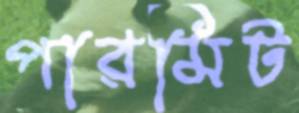
পারমিট